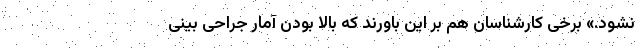
نشود.» برخی کارشناسان هم بر این باورند که بالا بودن آمار جراحی بینی